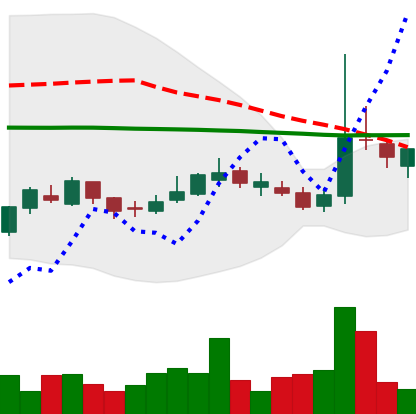
Ticker: LTC-USD
Chart end date: 2017-03-05
Forward return: -3.829%
Label: down_3_5